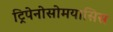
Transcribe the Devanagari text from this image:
ट्रिपेनोसोमयासिस